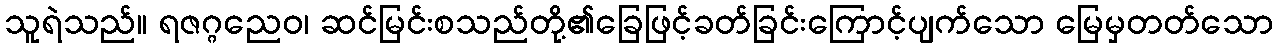
သူရဲသည်။ ရဇဂ္ဂညေဝ၊ ဆင်မြင်းစသည်တို့၏ခြေဖြင့်ခတ်ခြင်းကြောင့်ပျက်သော မြေမှတတ်သော